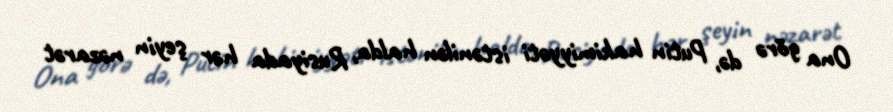
Ona görə də, Putin hakimiyyəti istənilən halda, Rusiyada hər şeyin nəzarət